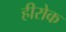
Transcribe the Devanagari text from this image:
हीरोक